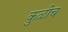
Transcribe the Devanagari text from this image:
कुळीच